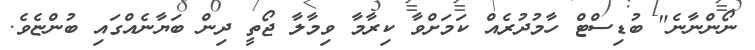
ނޯންނާނެ" ބުޑިސްޓް ހާމުދުރެއް ކަމަށްވާ ކިރާމާ ވިމާލާ ޖޯތީ ދިން ބަޔާނެއްގައި ބުންޏެވެ.